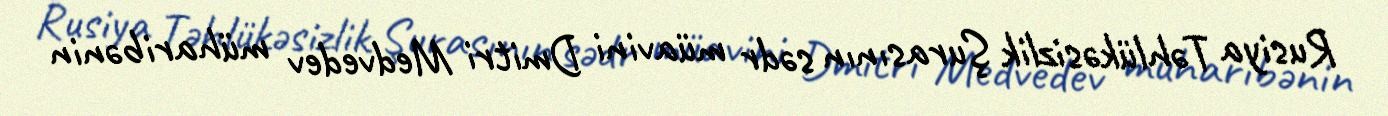
Rusiya Təhlükəsizlik Şurasının sədr müavini Dmitri Medvedev müharibənin